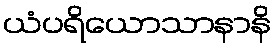
ယံပရိယောသာနာနိ